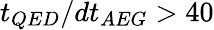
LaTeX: t_{QED}/dt_{AEG}>40